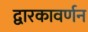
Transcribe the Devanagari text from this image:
द्वारकावर्णन